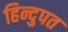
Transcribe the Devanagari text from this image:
हिन्दुपत